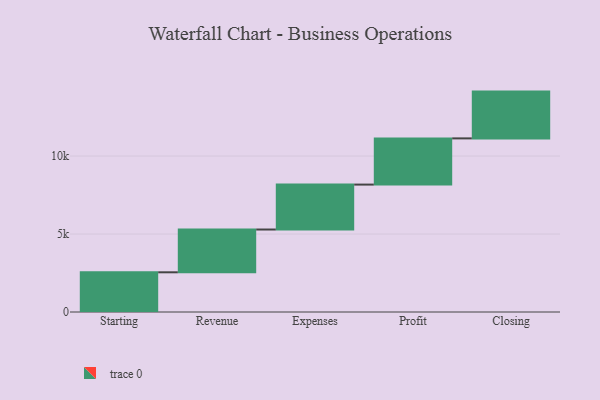
{"axis": {"x": "Step", "y": "Value"}, "legend": [""], "data": [{"x": "Starting", "y": 2546.0, "type": ""}, {"x": "Revenue", "y": 2743.0, "type": ""}, {"x": "Expenses", "y": 2881.0, "type": ""}, {"x": "Profit", "y": 2963.0, "type": ""}, {"x": "Closing", "y": 3000, "type": ""}]}